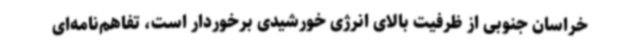
خراسان جنوبی از ظرفیت بالای انرژی خورشیدی برخوردار است، تفاهم‌نامه‌ای